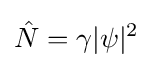
{\hat {N}}=\gamma |\psi |^{2}